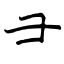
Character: ⺕